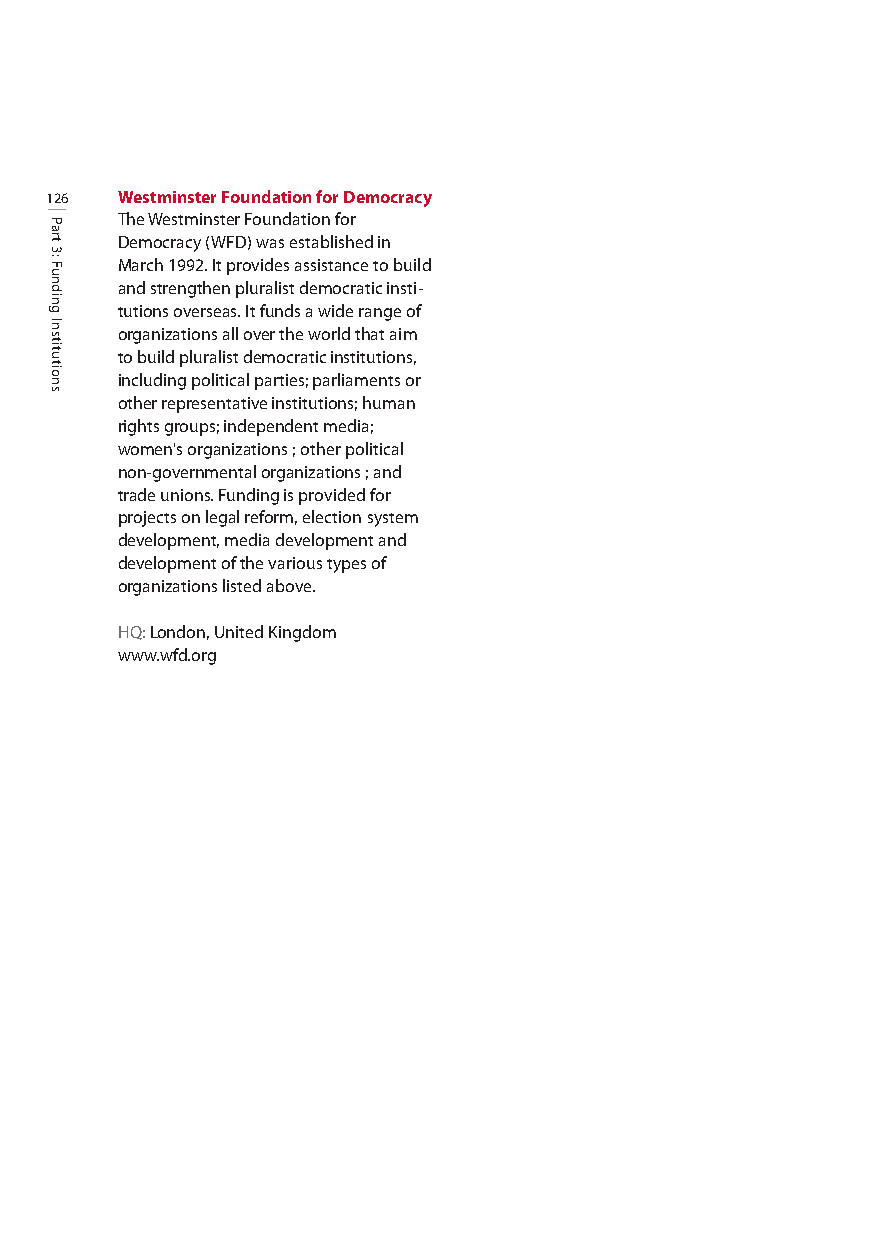
126  Westminster Foundation for Democracy
 The Westminster Foundation for
 Democracy (WFD) was established in
 March 1992. It provides assistance to build
 and strengthen pluralist democratic insti-
 tutions overseas. It funds a wide range of
 organizations all over the world that aim
 to build pluralist democratic institutions,
 including political parties; parliaments or
 other representative institutions; human
 rights groups; independent media;
 women's organizations ; other political
 non-governmental organizations ; and
 trade unions. Funding is provided for
 projects on legal reform, election system
 development, media development and
 development of the various types of
 organizations listed above.
 HQ: London, United Kingdom
 www.wfd.org
 Part
 3:
 Funding
 Institutions